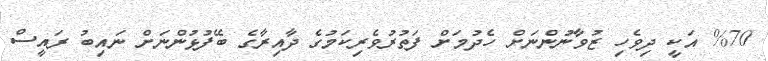
%70 އަކީ ދިވެހި ޒުވާނުންނަށް ހެދުމަށް ފަތުރުވެރިކަމުގެ ދާއިރާގެ ބޭފުޅުންނަށް ނައިބު ރައީސް